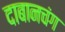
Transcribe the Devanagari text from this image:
दाबानचंग